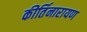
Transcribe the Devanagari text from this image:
कीर्तिनारायण